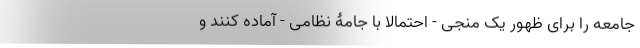
جامعه را برای ظهور یک منجی - احتمالا با جامۀ نظامی - آماده کنند و